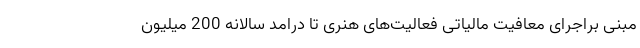
مبنی براجرای معافیت مالیاتی فعالیت‌های هنری تا درامد سالانه 200 میلیون